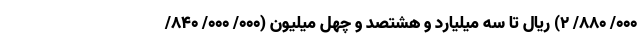
۰۰۰/ ۸۸۰/ ۲) ریال تا سه میلیارد و هشتصد و چهل میلیون (۰۰۰/ ۰۰۰/ ۸۴۰/